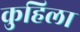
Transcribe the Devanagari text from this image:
कुहिला